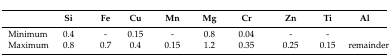
|  | Si | Fe | Cu | Mn | Mg | Cr | Zn | Ti | Al |
 | --- | --- | --- | --- | --- | --- | --- | --- | --- | --- |
 | Minimum | 0.4 | - | 0.15 | - | 0.8 | 0.04 | - | - |  |
 | Maximum | 0.8 | 0.7 | 0.4 | 0.15 | 1.2 | 0.35 | 0.25 | 0.15 | remainder |